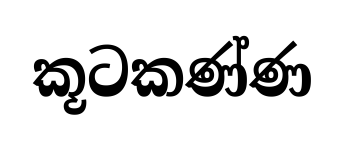
කූටකණ්ණ